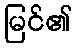
မြင်၏